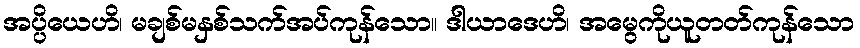
အပ္ပိယေဟိ၊ မချစ်မနှစ်သက်အပ်ကုန်သော။ ဒါယာဒေဟိ၊ အမွေကိုယူတတ်ကုန်သော